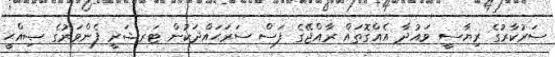
ސަރުކާރުގެ ރިޔާސީ ވައުދާ އެއްގޮތައް ރާއްޖޭގެ ފަސް ސަރަޙައްދަކުން ޓަރޝަރީ ފެންވަރުގެ ޞިއްޙީ